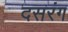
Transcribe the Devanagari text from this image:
दसरंग